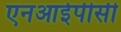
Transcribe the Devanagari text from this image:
एनआईपीसी